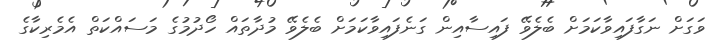
ވަގަށް ނަގާފައިވާކަމަށް ބެލެވޭ ފައިސާއިން ގަނެފައިވާކަމަށް ބެލެވޭ މުދާތައް ހޯދުމުގެ މަސައްކަތް އެމެރިކާގެ